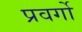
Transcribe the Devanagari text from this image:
प्रवर्गो